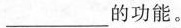
___的功能。